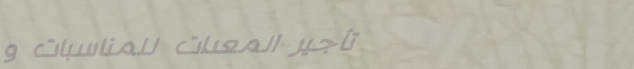
تأجير المعدات للمناسبات و